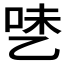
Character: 𰁅